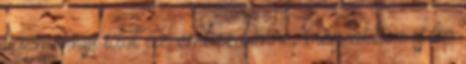
bármennyi időt az ember benne, még akkor is ha